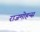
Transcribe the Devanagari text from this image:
राजमोहन्स